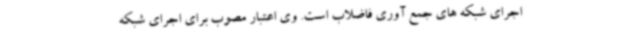
اجرای شبکه های جمع آوری فاضلاب است. وی اعتبار مصوب برای اجرای شبکه